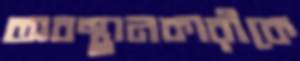
অবস্থানকারীকে